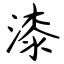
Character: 漆